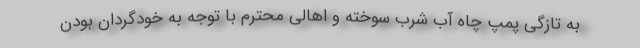
به تازگی پمپ چاه آب شرب سوخته و اهالی محترم با توجه به خودگردان بودن